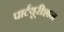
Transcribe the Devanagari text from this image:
पार्टयूरीशन